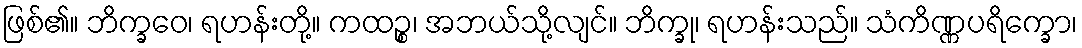
ဖြစ်၏။ ဘိက္ခဝေ၊ ရဟန်းတို့။ ကထဉ္စ၊ အဘယ်သို့လျင်။ ဘိက္ခု၊ ရဟန်းသည်။ သံကိဏ္ဏပရိက္ခော၊